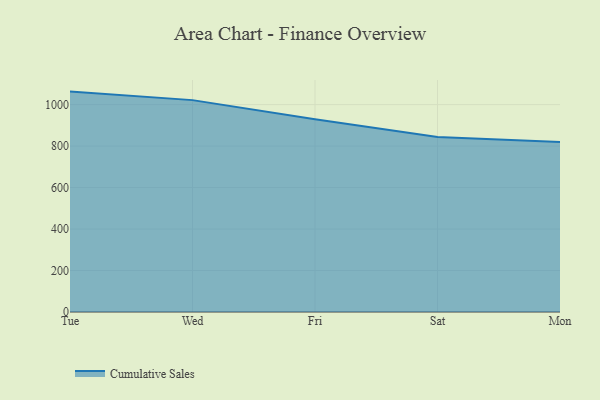
{"axis": {"x": "Day", "y": "Backlog"}, "legend": ["Cumulative Sales"], "data": [{"x": "Tue", "y": 1062.8, "type": "Cumulative Sales"}, {"x": "Wed", "y": 1021.7, "type": "Cumulative Sales"}, {"x": "Fri", "y": 929.0, "type": "Cumulative Sales"}, {"x": "Sat", "y": 844.2, "type": "Cumulative Sales"}, {"x": "Mon", "y": 819.4, "type": "Cumulative Sales"}]}